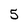
Character: 5